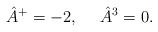
LaTeX: \begin{align*}\hat A^+ = -2, \ \ \ \ \hat A^3 = 0.\end{align*}